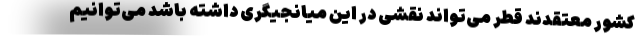
کشور معتقدند قطر می‌تواند نقشی در این میانجیگری داشته باشد می‌توانیم